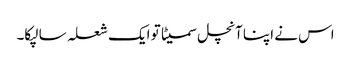
اس نے اپنا آنچل سمیٹا تو ایک شعلہ سا لپکا۔